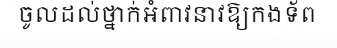
ចូលដល់ថ្នាក់អំពាវនាវឱ្យកងទ័ព